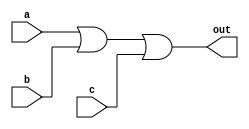
module in3_or_gate(a, b, c, out);

    input a;
    input b;
    input c;
    output out;


    assign out = a || b || c;
endmodule